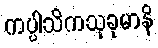
ကပ္ပါသိကသုခုမာနိ